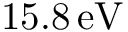
1 5 . 8 \, \mathrm { { e V } }